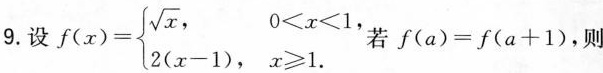
9.设 $$f ( x ) = \begin {cases}